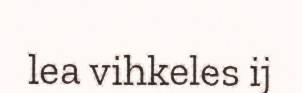
lea vihkeles ij